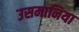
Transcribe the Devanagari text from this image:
उसमानिया